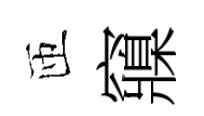
匝䆿